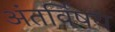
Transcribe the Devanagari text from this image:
अंतर्विषय